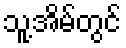
သူ့အိမ်တွင်